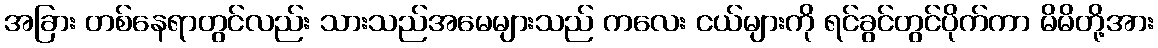
အခြား တစ်နေရာတွင်လည်း သားသည်အမေများသည် ကလေး ငယ်များကို ရင်ခွင်တွင်ပိုက်ကာ မိမိတို့အား